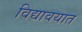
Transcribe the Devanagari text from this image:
विद्यावयात